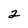
Character: 2